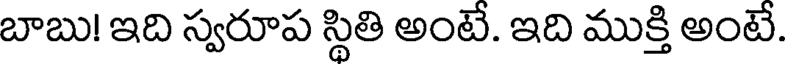
బాబు! ఇది స్వరూప స్థితి అంటే. ఇది ముక్తి అంటే.